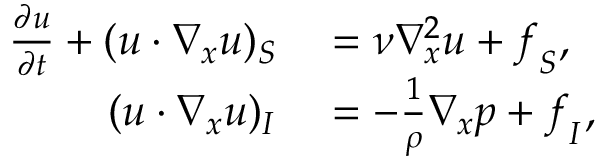
\begin{array} { r l } { \frac { \partial \boldsymbol { u } } { \partial t } + ( \boldsymbol { u } \cdot \nabla _ { \boldsymbol { x } } \boldsymbol { u } ) _ { S } } & { { } = \nu \nabla _ { \boldsymbol { x } } ^ { 2 } \boldsymbol { u } + \boldsymbol { f } _ { S } , } \\ { ( \boldsymbol { u } \cdot \nabla _ { \boldsymbol { x } } \boldsymbol { u } ) _ { I } } & { { } = - \frac { 1 } { \rho } \nabla _ { \boldsymbol { x } } p + \boldsymbol { f } _ { I } , } \end{array}